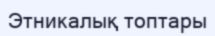
Этникалық топтары